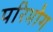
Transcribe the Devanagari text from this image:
परिभोग